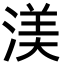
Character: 渼